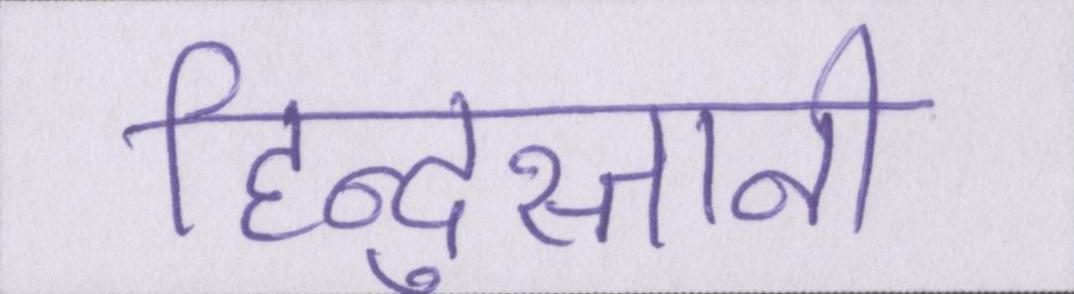
हिन्दुस्तानी